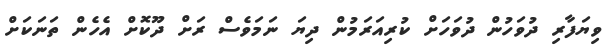
ވިޔަފާރި ދުވަހުން ދުވަހަށް ކުރިއަރަމުން ދިޔަ ނަމަވެސް ރަށް ދޫކޮށް އެހެން ތަނަކަށް